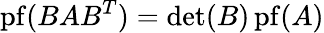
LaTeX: \operatorname{pf}(BAB^{T})=\det(B)\operatorname{pf}(A)